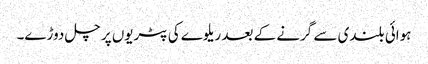
ہوائی بلندی سے گرنے کے بعد ریلوے کی پٹریوں پر چل دوڑے۔